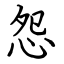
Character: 怨